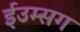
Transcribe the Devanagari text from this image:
ईउम्सग